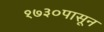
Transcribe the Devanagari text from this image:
१७३०पासून